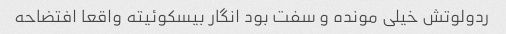
ردولوتش خیلی مونده و سفت بود انگار بیسکوئیته واقعا افتضاحه